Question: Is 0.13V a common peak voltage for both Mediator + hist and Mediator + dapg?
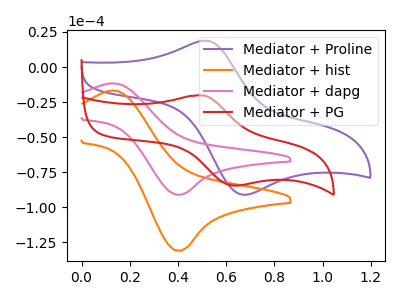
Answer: <think>The purple curve "Mediator + Proline" has an anodic peak at (0.50V, 18.75uA) and a cathodic peak at (0.65V, -91.00uA). The orange curve "Mediator + hist" has an anodic peak at (0.15V, -16.75uA) and a cathodic peak at (0.40V, -130.90uA). The pink curve "Mediator + dapg" has an anodic peak at (0.15V, -11.65uA) and a cathodic peak at (0.40V, -91.05uA). The red curve "Mediator + PG" has an anodic peak at (0.50V, -20.30uA) and a cathodic peak at (0.65V, -84.55uA).</think>
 <answer>Yes, "Mediator + hist" and "Mediator + dapg" share a peak at 0.13V.</answer>
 <eval>match</eval>